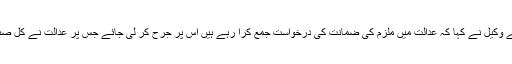
عامر العباد کے وکیل نے کہا کہ عدالت میں ملزم کی ضمانت کی درخواست جمع کرا رہے ہیں اس پر جرح کر لی جائے جس پر عدالت نے کل صبح کا وقت دیا۔